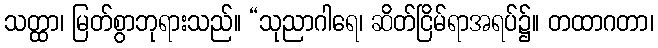
သတ္ထာ၊ မြတ်စွာဘုရားသည်။ “သုညာဂါရေ၊ ဆိတ်ငြိမ်ရာအရပ်၌။ တထာဂတာ၊